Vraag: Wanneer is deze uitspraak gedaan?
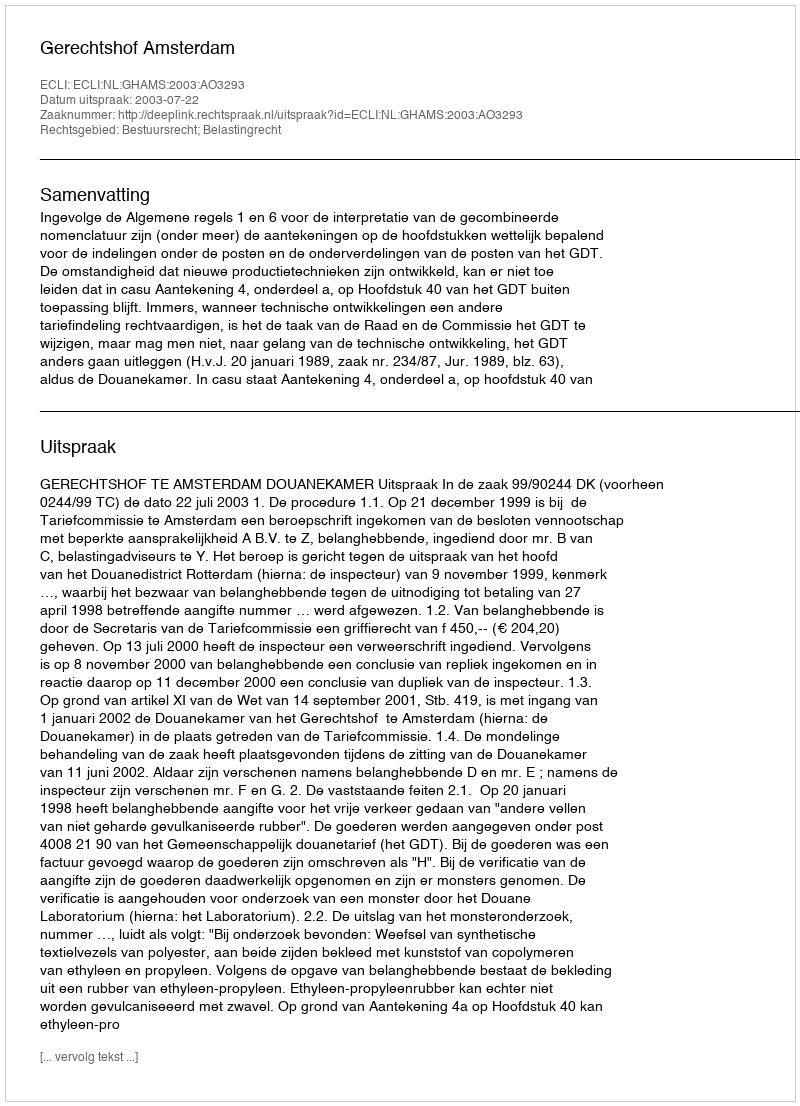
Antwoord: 2003-07-22